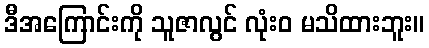
ဒီအကြောင်းကို သူဇာလွင် လုံးဝ မသိထားဘူး။